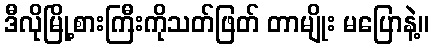
ဒီလိုမြို့စားကြီးကိုသတ်ဖြတ် တာမျိုး မပြောနဲ့။